Lunatic asylums Madras 1877-1891 - 1877-1891
Year: 1877
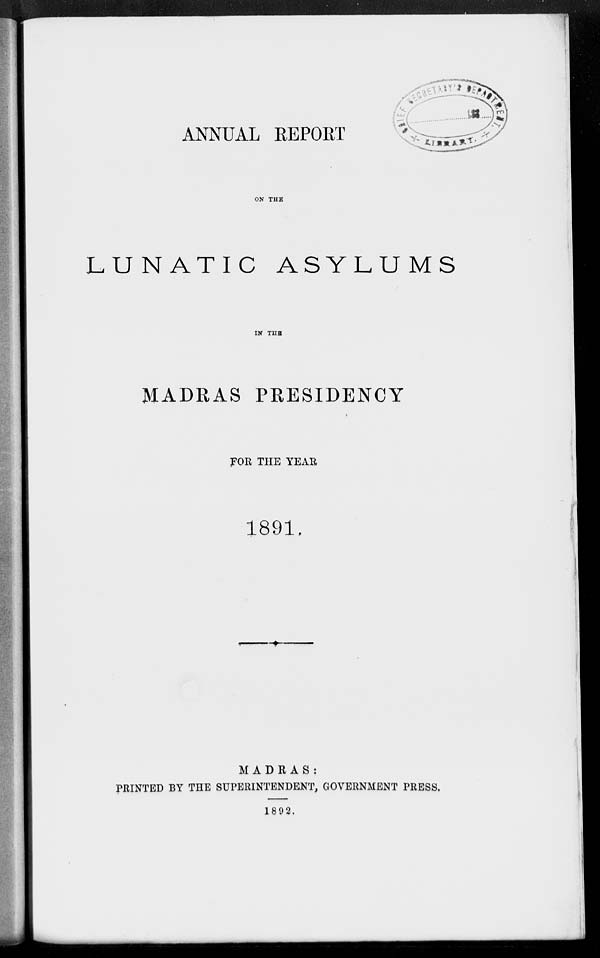
ANNUAL REPORT
ON THE
LUNATIC ASYLUMS
IN THE
MADRAS PRESIDENCY
FOR THE YEAR
1891
MADRAS:
PRINTED BY THE SUPERINTENDENT, GOVERNMENT PRESS.
1892.